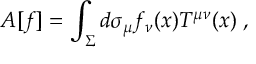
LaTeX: A [ f ] = \int _ { \Sigma } d \sigma _ { \mu } f _ { \nu } ( x ) T ^ { \mu \nu } ( x ) \; ,